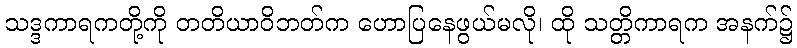
သဒ္ဒကာရကတို့ကို တတိယာဝိဘတ်က ဟောပြနေဖွယ်မလို၊ ထို သတ္တိကာရက အနက်၌